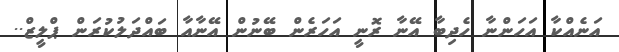
އަނެއްކާ އަހަންނާ ހެދިބާ އޭނާ ރޮނީ އަހަރެން ބޭނުން އޭނާއާ ބައްދަލުކުރަން ޕްލީޒް..